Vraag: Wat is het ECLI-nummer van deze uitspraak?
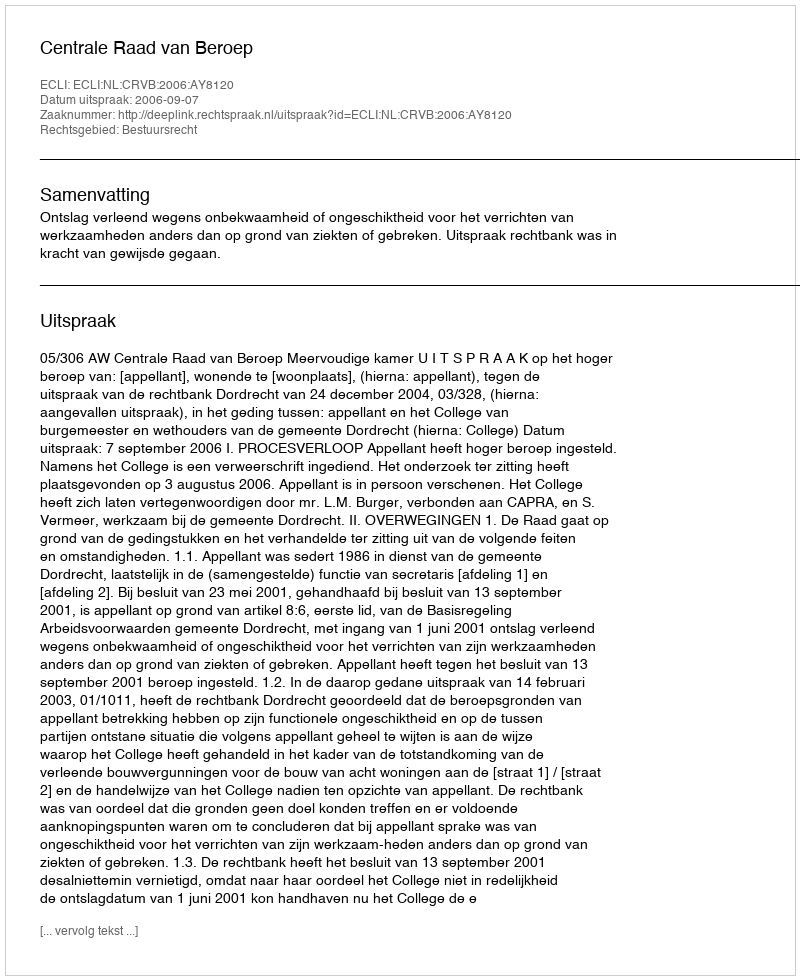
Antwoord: ECLI:NL:CRVB:2006:AY8120